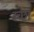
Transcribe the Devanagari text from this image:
रच्‍छा